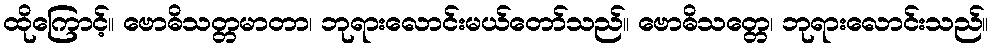
ထိုကြောင့်။ ဗောဓိသတ္တမာတာ၊ ဘုရားလောင်းမယ်တော်သည်။ ဗောဓိသတ္တေ၊ ဘုရားလောင်းသည်။